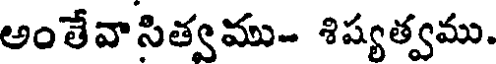
అంతేవాసిత్వము- శిష్యత్వము.